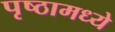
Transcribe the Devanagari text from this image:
पृष्ठामध्ये